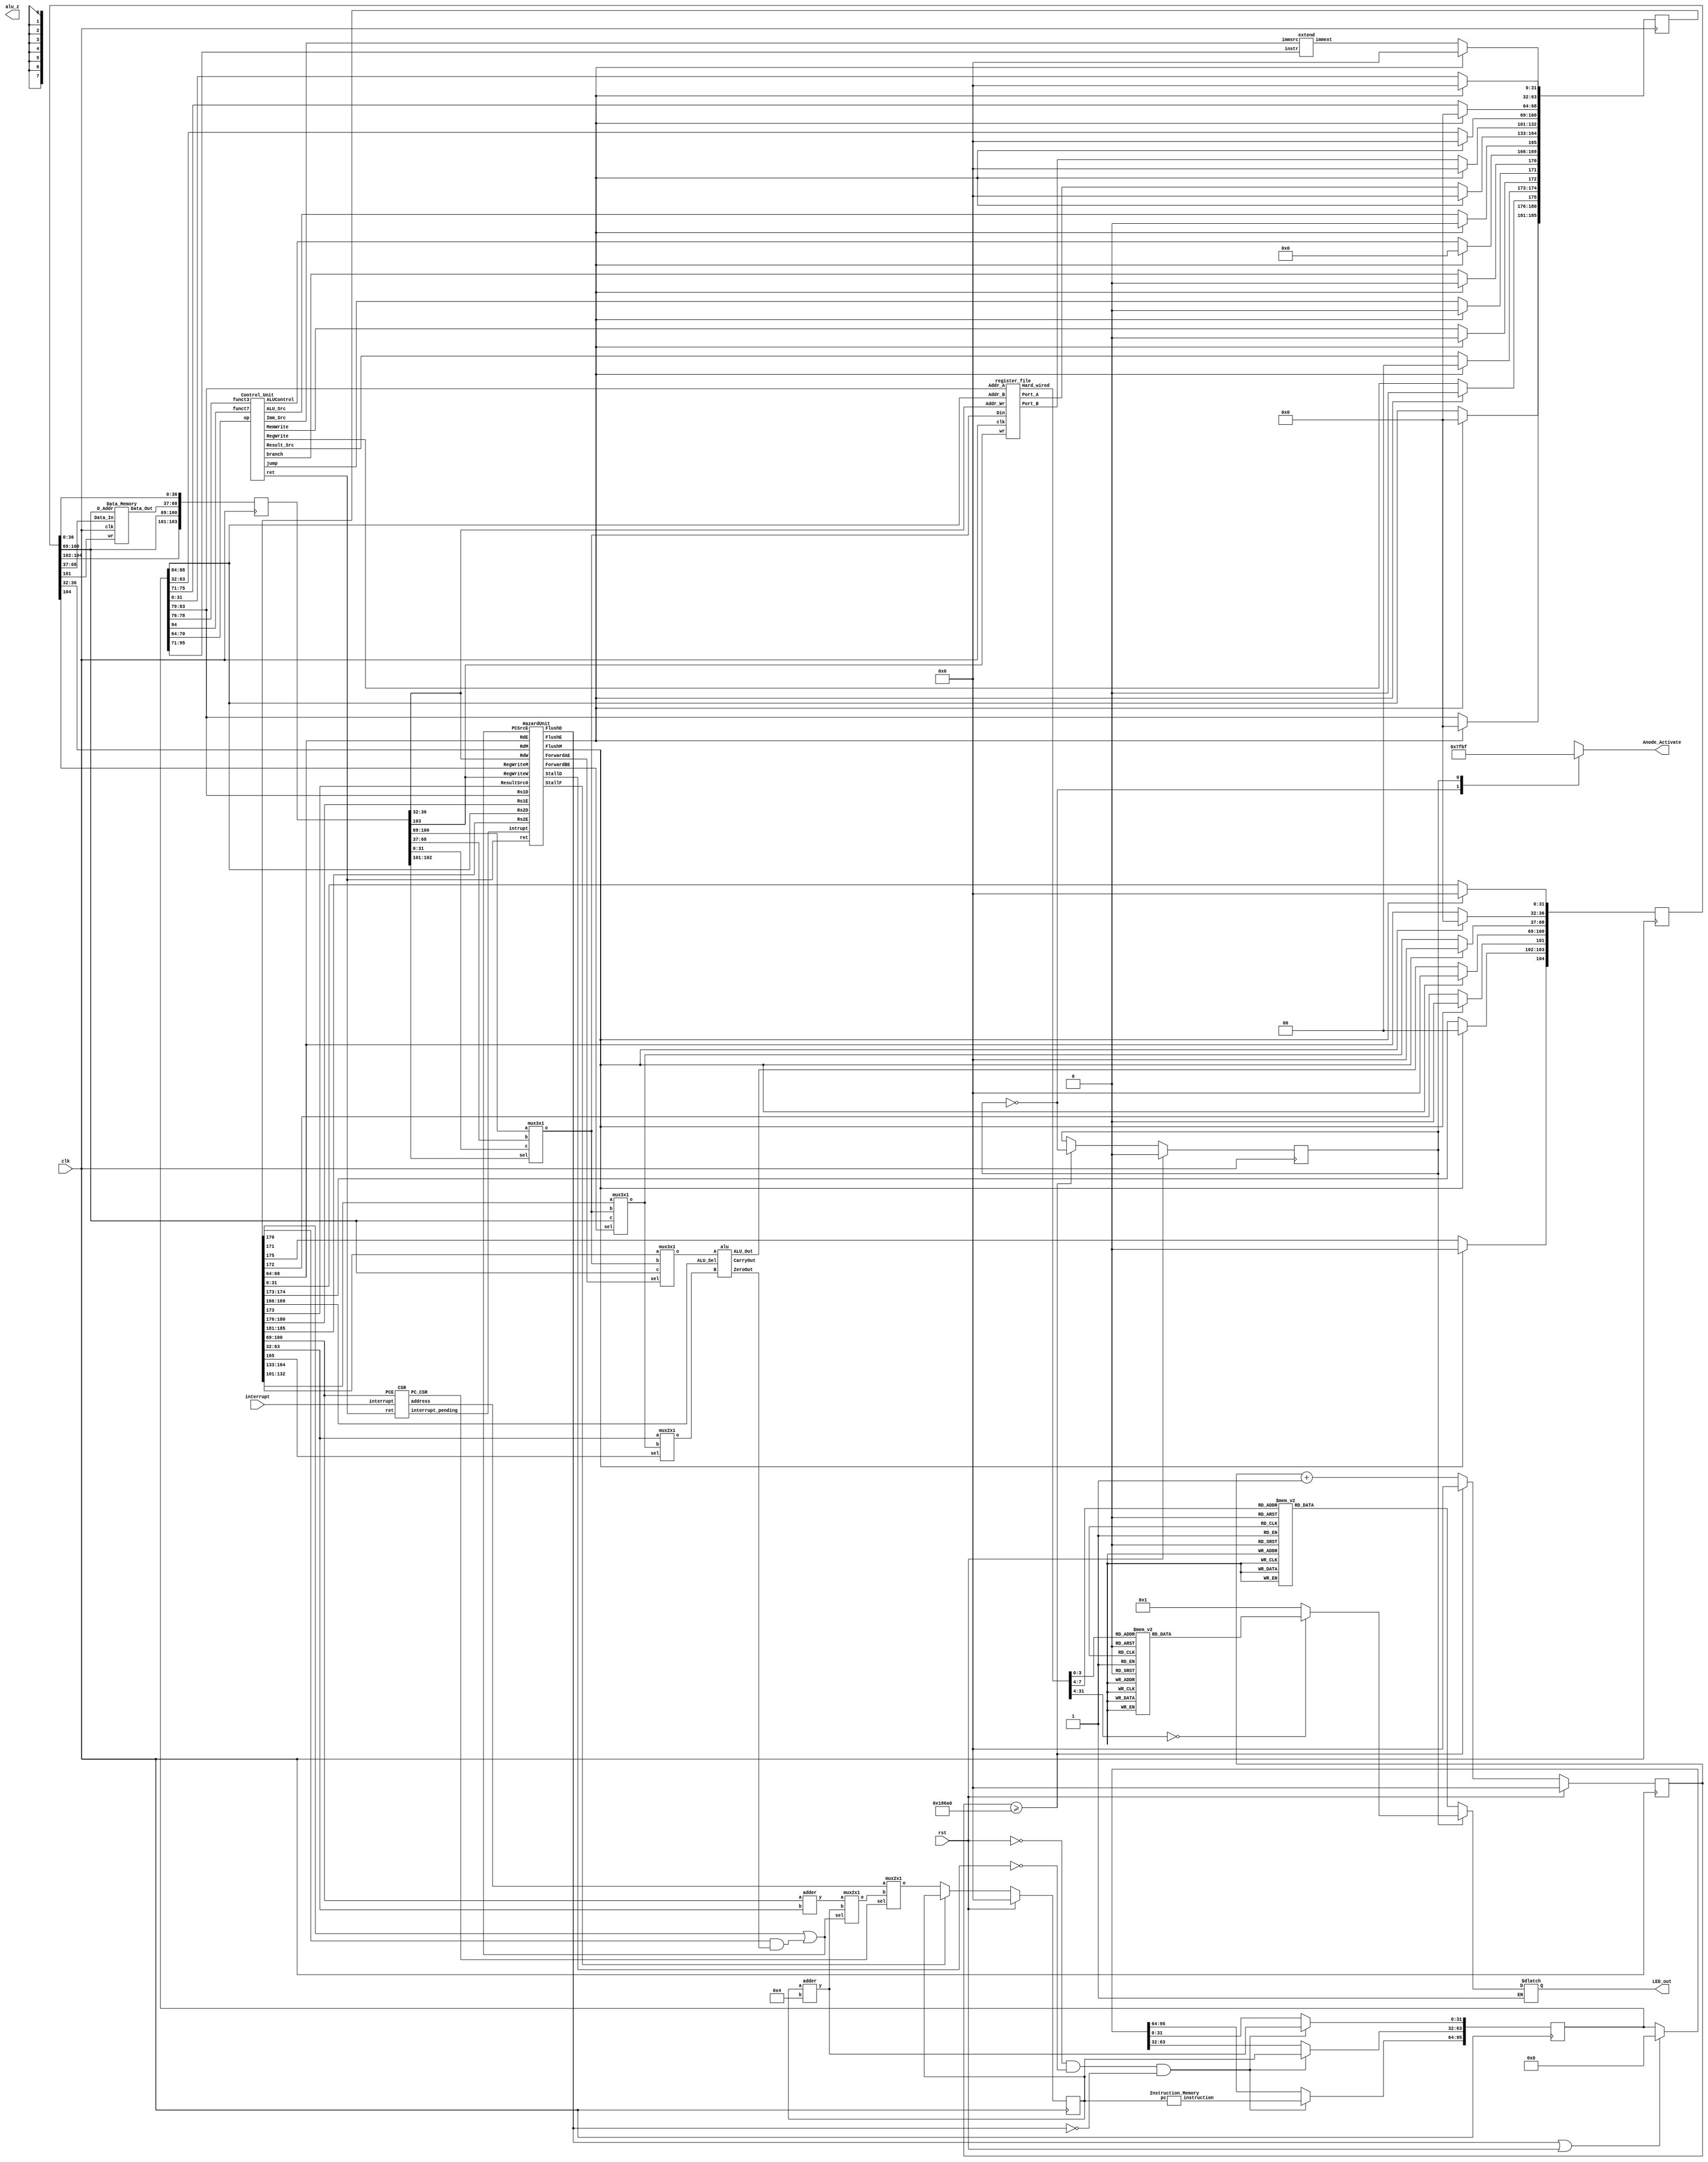
`timescale 1ns / 1ps
//////////////////////////////////////////////////////////////////////////////////
// Company: 
// Engineer: 
// 
// Design Name: 
// Module Name:    Basic RISC-V single cycle implementation on Verilog 
// Project Name: 
// Target Devices: 
// Tool versions: 
// Description: 
//
// Dependencies: 
//
// Revision: 
// Revision 0.01 - File Created
// Additional Comments: 
//
//////////////////////////////////////////////////////////////////////////////////
module main(rst,interrupt, clk, alu_z, Anode_Activate, LED_out);
input rst, clk, interrupt;						// 1 button to reset, clock signal as input
output alu_z;						// An LED turned ON if result is zero
output reg[7:0] Anode_Activate;		// Anodes to control 7-segments
output reg [6:0] LED_out;			// output result to be sent on 7-segments



	// ALL modules will be called in this file. Code will be executed and results will be shown on 7-segment display
// Code segment for BCD to 7-segment Decoder. Keep this code as it is
reg [31:0] counter ;		// A 32 bit flashing counter
reg toggle;			// A variable to toggle between two 7-segments 

always @(posedge clk)
    begin
            if (!rst)begin
            if(counter>=100000) begin //100000
                 counter <= 0;
				 toggle = ~toggle; end
            else begin
                counter <= counter + 1;
				end
			end
			else begin
			     toggle<=0;
			     counter<=0;
			     end
    end 
    // anode activating signals for 8 segments, digit period of 1ms
    // decoder to generate anode signals 
    always @(*)
    begin
        case(toggle)
        1'b0: begin
            Anode_Activate = 8'b01111111; 
            // activate SEGMENT1 and Deactivate all others
              end
        1'b1: begin
            Anode_Activate = 8'b10111111; 
            // activate LED2 and Deactivate all others    
               end
        endcase
    end
    // Cathode patterns of the 7-segment 1 LED display 
wire [31:0] result;

    always @(*)
    begin
	if (toggle) begin
        case(result)				// First 4 bits of Result from ALU will be displayed on 1st segment
        32'b0000: LED_out = 7'b0000001; // "0"     
        32'b0001: LED_out = 7'b1001111; // "1" 
        32'b0010: LED_out = 7'b0010010; // "2" 
        32'b0011: LED_out = 7'b0000110; // "3" 
        32'b0100: LED_out = 7'b1001100; // "4" 
        32'b0101: LED_out = 7'b0100100; // "5" 
        32'b0110: LED_out = 7'b0100000; // "6" 
        32'b0111: LED_out = 7'b0001111; // "7" 
        32'b1000: LED_out = 7'b0000000; // "8"     
        32'b1001: LED_out = 7'b0000100; // "9"
		32'b1010: LED_out = 7'b0001000; // "A"     
        32'b1011: LED_out = 7'b1100000; // "b"     
        32'b1100: LED_out = 7'b0110001; // "C"     
        32'b1101: LED_out = 7'b1000010; // "d"     
        32'b1110: LED_out = 7'b0110000; // "E"     
        32'b1111: LED_out = 7'b0111000; // "F"     
        
        default: LED_out = 7'b0000001; // "0"
        endcase
		end
    

	// Cathode patterns of the 7-segment 2 LED display
        if(!toggle) begin	
        case(result[7:4])			// Next 4 bits of Result from ALU will be displayed on 2nd segment
        4'b0000: LED_out = 7'b0000001; // "0"     
        4'b0001: LED_out = 7'b1001111; // "1" 
        4'b0010: LED_out = 7'b0010010; // "2" 
        4'b0011: LED_out = 7'b0000110; // "3" 
        4'b0100: LED_out = 7'b1001100; // "4" 
        4'b0101: LED_out = 7'b0100100; // "5" 
        4'b0110: LED_out = 7'b0100000; // "6" 
        4'b0111: LED_out = 7'b0001111; // "7" 
        4'b1000: LED_out = 7'b0000000; // "8"     
        4'b1001: LED_out = 7'b0000100; // "9"
		4'b1010: LED_out = 7'b0001000; // "A"     
        4'b1011: LED_out = 7'b1100000; // "b"     
        4'b1100: LED_out = 7'b0110001; // "C"     
        4'b1101: LED_out = 7'b1000010; // "d"     
        4'b1110: LED_out = 7'b0110000; // "E"     
        4'b1111: LED_out = 7'b0111000; // "F"     
        
        default: LED_out = 7'b0000001; // "0"
        endcase
    end
end

	// Keep writing your code (calling lower module) here!
	
	
	wire [31:0] pc_next,pc_next1,PCPlus4F, instruction, RD1, RD2, PCF;
    reg [31:0] pc;
    wire  ALU_SrcD, carry, MemWriteD, RegwriteD, ret,FlushM;
    wire [1:0] Imm_SrcD, Result_SrcD;
    wire [31:0] ImmExtD;
    wire [3:0] ALUControlD;
    wire En1, En2, CLR, CLR1;
	
	//initial  // initial pc
    //pc = 32'h0; 
    
    always @ (posedge clk) begin // address Generator
        if(rst)
        pc = 32'h0;
       // else begin
        else if (En1)
        pc = pc;
        else
        pc = pc_next1; 
        //end    
    end
    
    
    assign PCF = pc; 
    Instruction_Memory IM(.pc(pc),.instruction(instruction)); // fetching the instruction
    
    // Calling the Control Unit
    
    // 1st phase
    reg [95:0] reg_1;
  
    always @ (posedge clk)  begin
    if (!rst && !En2 && !CLR1) begin
    
        reg_1 [31:0] = PCPlus4F;
        
        reg_1 [63:32] = PCF;
        
        reg_1 [95:64] = instruction;
    
    end
    else if (CLR1 || rst)
    reg_1 = 96'd0;
    
    end
    
    wire [31:0]  instrD, PCD, PCPlus4D;
    
    
    assign instrD = reg_1 [95:64];
    
    assign PCD =  reg_1 [63:32];
    
    assign PCPlus4D = reg_1 [31:0];
   
   
 // D phase 
 wire jumpD, branchD;
 
 wire [4:0] RdD, Rs1D, Rs2D;
 
 assign RdD = instrD[11:7];
 
 assign Rs1D = instrD[19:15];
 
 assign Rs2D = instrD[24:20];
 
 reg [185:0] reg_2;
 
 
     always @ (posedge clk)  begin
     
     if (!CLR) begin
         reg_2 [31:0] = PCPlus4D;
         
         reg_2 [63:32] = ImmExtD;
         
         reg_2 [68:64] = RdD;
         
         reg_2 [100:69] =PCD;
         
         reg_2 [132:101] = RD2;
         
         reg_2 [164:133] = RD1;
         
         reg_2 [165] = ALU_SrcD;
         
         reg_2 [169:166] = ALUControlD;
         
         reg_2 [170] = branchD;
         
         reg_2 [171] = jumpD;
         
         reg_2 [172] = MemWriteD;
         
         reg_2 [174:173] = Result_SrcD;
         
         reg_2 [175] = RegwriteD;
         
         reg_2 [180:176] = Rs1D;
         
         reg_2 [185:181] = Rs2D;
         
         end
         
         else
         reg_2 = 186'd0;
     
     end
     
     
     wire  ALU_SrcE, MemWriteE, RegwriteE, PC_SrcE, zeroE, jumpE, branchE, temp;
         wire [1:0]  Result_SrcE;
         wire [31:0] ImmExtE, PCPlus4E, PCE, RD1E, RD2E, ALUResultE,pc_targetE, SrcBE, Operand2E,WriteDataE;
         wire [3:0] ALUControlE;
         wire [4:0] RdE,Rs1E,Rs2E;
         
      assign WriteDataE = Operand2E;
         
      assign RegwriteE = reg_2 [175]; 
     
      assign Result_SrcE = reg_2 [174:173];
      
      assign MemWriteE=  reg_2 [172];
      
      assign jumpE = reg_2 [171]; 
      
      assign branchE = reg_2 [170]; 
     
      and (temp, branchE, zeroE);
     
      or (PC_SrcE, jumpE, temp);
      
      assign ALUControlE =  reg_2 [169:166]; 
     
      assign ALU_SrcE = reg_2 [165];   
         
      assign RD1E = reg_2 [164:133]; 
      
      assign RD2E = reg_2 [132:101];
      
      assign PCE = reg_2 [100:69];
      
      assign RdE =  reg_2 [68:64];  
      
      assign ImmExtE = reg_2 [63:32];
      
      assign PCPlus4E =  reg_2 [31:0];
      
      assign Rs1E = reg_2 [180:176];
      
      assign Rs2E = reg_2 [185:181];
      
      // phase E
      
      
       reg [104:0] reg_3;
       
       always @ (posedge clk ) begin
       if (!FlushM)begin
       reg_3 [31:0] = PCPlus4E;
       
       reg_3 [36:32] = RdE;
       
       reg_3 [68:37] = WriteDataE;
       
       reg_3 [100:69] = ALUResultE;
       
       reg_3 [101] =  MemWriteE;  
       
       reg_3 [103:102] = Result_SrcE;
       
       reg_3 [104] =  RegwriteE ;
       end
       else
       reg_3 = 105'd0;
       end
       
       
      
                wire  MemWriteM, RegwriteM;
                wire [1:0] Result_SrcM;
                wire [31:0]  PCPlus4M, WriteDataM, ALUResultM, ReadDataM;
                wire [4:0] RdM;
                
       assign RegwriteM = reg_3 [104];
       
       assign Result_SrcM = reg_3 [103:102];
       
       assign MemWriteM = reg_3 [101];
       
       assign ALUResultM = reg_3 [100:69];
       
       assign WriteDataM = reg_3 [68:37]; // RD2
       
       assign RdM = reg_3 [36:32];
       
       assign PCPlus4M = reg_3 [31:0];
      
      
      // phase endd
      
      
      reg [103:0] reg_4;
      
      
      always @ (posedge clk) begin
        
        reg_4 [31:0] = PCPlus4M;
        
        reg_4 [36:32] = RdM;
        
        reg_4 [68:37] = ReadDataM;
        
        reg_4 [100:69] = ALUResultM;
        
        reg_4 [102:101] = Result_SrcM;
        
        reg_4 [103] = RegwriteM;
      
      end
      
      
      wire  RegwriteW;
      wire [1:0] Result_SrcW;
      wire [31:0]  PCPlus4W, ALUResultW, ReadDataW, ResultW;
      wire [4:0] RdW;
      
      assign  RegwriteW = reg_4 [103];
      
      assign  Result_SrcW = reg_4 [102:101];
     
      assign  ALUResultW = reg_4 [100:69];
      
      assign  ReadDataW = reg_4 [68:37];
    
      assign  RdW  = reg_4 [36:32];
     
      assign  PCPlus4W = reg_4 [31:0];
      
      
      
      // Hazard Unit
      wire [1:0]  ForwardAE, ForwardBE;
      
      wire [31:0] SrcAE;
     
      wire PC_CSR,interrupt_pending; 
      
      HazardUnit HU(.Rs1E(Rs1E),.Rs2E(Rs2E),.ForwardAE(ForwardAE),.ForwardBE(ForwardBE),.RdM(RdM),.RdW(RdW),.RegWriteM(RegwriteM),.RegWriteW(RegwriteW),
      .ResultSrc0(Result_SrcE[0]),.RdE(RdE),.Rs1D(Rs1D),.Rs2D(Rs2D),.StallF(En1),.StallD(En2),.FlushE(CLR),.PCSrcE(PC_SrcE),.FlushD(CLR1),.intrupt(interrupt_pending),.FlushM(FlushM),.ret(ret));
      
      mux3x1 operandA(.a(RD1E),.b(ResultW),.c(ALUResultM),.sel(ForwardAE),.o(SrcAE));
      
      mux3x1 operandB(.a(RD2E),.b(ResultW),.c(ALUResultM),.sel(ForwardBE),.o(Operand2E));
      
      
     
    Control_Unit CU( .op(instrD[6:0]),.funct3(instrD[14:12]),.funct7(instrD[30]),.Result_Src(Result_SrcD),.MemWrite(MemWriteD),.ALU_Src(ALU_SrcD),.RegWrite(RegwriteD),.ALUControl(ALUControlD),.Imm_Src(Imm_SrcD),.jump(jumpD), 
    .branch(branchD),.ret(ret));        
     
     //Register File calling       
            
    register_file R_F(.Port_A(RD1),.Port_B(RD2),.Din(ResultW), .Addr_A(instrD[19:15]), .Addr_B(instrD[24:20]), .Addr_Wr(RdW),.wr(RegwriteW),.Hard_wired(result), .clk(clk)); // complete
            
         // immediate Extender
         
    extend Ext(.instr(instrD[31:7]),.immsrc(Imm_SrcD),.immext(ImmExtD)); // complete
    
    // Mux 2 into 1 for 2nd operand Selector
            
    mux2x1 mux1(.a(ImmExtE),.b(Operand2E),.sel(ALU_SrcE),.o(SrcBE)); // complete ScrB
    
    //ALU calling
          
    alu ALU(.A(SrcAE),.B(SrcBE),.ALU_Sel(ALUControlE),.ALU_Out(ALUResultE),.CarryOut(carry),.ZeroOut(zeroE));
    
    //Data Memory
  
            
    Data_Memory D_M(.Data_Out(ReadDataM),.Data_In(WriteDataM),.D_Addr(ALUResultM),.wr(MemWriteM),.clk(clk) );
    
    //Two Pc's Adders
    
    adder add1(.a(pc),.b(32'd4),.y(PCPlus4F));
    adder add2(.a(PCE),.b(ImmExtE),.y(pc_targetE)); 
    
    
    // MUX 3*1 for PC_Result
            
    mux3x1 result_mux(.a(ALUResultW),.b(ReadDataW),.c(PCPlus4W),.sel(Result_SrcW),.o(ResultW));
    
    //mux for PC_ Selector

    wire [31:0] address;
    mux2x1 mux2(.a(pc_targetE),.b(PCPlus4F),.sel(PC_SrcE),.o(pc_next));
    mux2x1 priority_mux(.a(address),.b(pc_next),.sel(PC_CSR),.o(pc_next1));
   //assign pc_next =  PCPlus4F; // just to avoid control hazard
   
    CSR sr(.interrupt(interrupt), .PCE(PCE), .ret(ret),.address(address), .PC_CSR(PC_CSR),.interrupt_pending(interrupt_pending));  

endmodule

module CSR (interrupt, PCE, ret, address, PC_CSR,interrupt_pending);
input interrupt, ret;
input [31:0] PCE;
output reg [31:0] address;
output reg PC_CSR;
reg [31:0] SPEC;
output reg interrupt_pending;

always @ (posedge ret) begin
//if (ret) begin
PC_CSR = 1'd1;
address = SPEC;
end
always @ (negedge ret) begin
PC_CSR =1'd0;
end
always @(posedge interrupt) begin
interrupt_pending = 1'd1;
PC_CSR = 1'd1;
SPEC = PCE;
address = 32'h28;
end

always @ (negedge interrupt) begin
PC_CSR = 1'd0;
interrupt_pending = 1'd0;
end

endmodule
module HazardUnit (Rs1E,Rs2E,ForwardAE,ForwardBE,RdM,RdW,RegWriteM,RegWriteW,ResultSrc0,RdE,Rs1D,Rs2D,StallF,StallD,FlushE,PCSrcE,FlushD,intrupt,FlushM,ret);

        input [4:0] Rs1E, Rs2E, Rs1D, Rs2D, RdE, RdM, RdW;
        input RegWriteM,RegWriteW, ResultSrc0, PCSrcE,intrupt,ret;
        output reg [1:0] ForwardAE,ForwardBE;
        output reg StallF,StallD,FlushE,FlushD,FlushM;
        reg lwStall;
        
        always @(*) begin
        if (((Rs1E == RdM) & RegWriteM) & (Rs1E != 0))
        ForwardAE = 2'b10;
        
        else if (((Rs1E == RdW) & RegWriteW) & (Rs1E != 0))
        ForwardAE = 2'b01;
        
        else 
        ForwardAE = 2'b00;
        end
        
        always @(*) begin
        if (((Rs2E == RdM) & RegWriteM) & (Rs2E != 0))
        ForwardBE = 2'b10;
        
        else if (((Rs2E == RdW) & RegWriteW) & (Rs2E != 0))
        ForwardBE = 2'b01;
        
        else 
        ForwardBE = 2'b00;
        end

        always @(*) begin
        
        lwStall = ResultSrc0 & ((Rs1D == RdE) || (Rs2D == RdE));
        
        FlushE = lwStall || PCSrcE || intrupt;
        StallD = lwStall;
        StallF = lwStall;
        
        FlushD = PCSrcE  || intrupt || ret;
        
        FlushM = intrupt;
        
        end

endmodule



//datapath ( input pc,


// A module to generate the address of next instruction
// LOGIC: 	Add 1 in program counter if its a normal instruction
//			Add address of label in PC if its a branch instruction			
// other parameters can also be added based on Datapath and Controller Inputs/Outputs
//module adress_generator (output [31:0] pc, input PC_Src, input [31:0] immext,input rst,input clk);	

//	// Write your code here. This is not the part of Phase-I
//	wire [31:0] Pc_next ,Pc_target ; 
//	always @ (posedge clk) begin
//	if (rst) begin
//	   pc = 32'h00;
//	end
//	else begin
//	adder(.a(pc),.b(32'd4),.y(Pc_next));
//	adder(.a(pc),.b(immext),.y(Pc_target));
	
//     mux2x1(.a(Pc_target),.b(Pc_next),.sel(PC_Src),.o(pc));
//	end
//endmodule


// A module that will carry the all instructions. PC value will be provided to this module and it will return the instuction
// other parameters can also be added based on Datapath and Controller Inputs/Outputs
module Instruction_Memory (input [31:0] pc,output reg [31:0] instruction);
    
    always @ (*) begin
    case(pc)                //31                   
//        32'h0000: instruction = 32'h00002403;
//        32'h0004: instruction = 32'h00102483;
//        32'h0008: instruction = 32'h00202503;
//        32'h000c: instruction = 32'h00152583;
        
        //32'h0000: instruction = 32'h00800413;//00000000110000000000010000010011;//  a = 12
        //32'h0004: instruction = 32'h00900493;//00000000100100000000010010010011;//4 b = 9
      
      //not
      //32'h0000: instruction = 32'h01900413;
      //32'h0004: instruction = 32'h01400493; 
      //32'h0008: instruction = 32'h0x40940433;
    
//    32'h0008: instruction = 32'h00A00513;//00940c63;//32'b00000000100101000000011001100011;//8
//    32'h000c: instruction = 32'h00B00593; //00944663;//32'b00000000100101000000011001010101;   //12 
//    32'h0010: instruction = 32'h00B50633;//40940433;//32'b00100000100101000000010000110011;//16
//    32'h0014: instruction = 32'h00A606B3;//ff5ff06f;//32'b11111111010111111111000011101111;//20
//    32'h0018: instruction = 32'h00068713;//408484b3;//32'b00100000100001001000010010110011;//24
//    32'h001c: instruction = 32'hFED70EE3;//fedff06f;//32'b11111111010111111111000011101111;//28
  
  
    //32'h0020: instruction = 32'hFEDA4AE3;//0000006f;//32
    //32'h0024: instruction = 32'hFEFA06E3;//36
    
    
    
    
//    32'h0   : instruction = 32'h00b00513;
//    32'h4   : instruction = 32'h00e00593;
//    32'hc   : instruction = 32'h00d00613;
//    32'h10  : instruction = 32'h01300693;
//    32'h14  : instruction = 32'h01800713;
//    32'h18  : instruction = 32'h00b569b3;
//    32'h1c  : instruction = 32'h00c59a33;
//    32'h20  : instruction = 32'h40e68ab3;
//    32'h24  : instruction = 32'h00a00513;
//    32'h28  : instruction = 32'h00c00593;
//    32'h2c  : instruction = 32'h00f00613;
//    32'h30  : instruction = 32'h01400693;
//    32'h34  : instruction = 32'h00d587b3;
//    32'h38  : instruction = 32'h00f68833;
//    32'h3c  : instruction = 32'h00a02623;
//    32'h40  : instruction = 32'h00000013;
//    32'h44  : instruction = 32'h00000013;
//    32'h48  : instruction = 32'h00000013;
//    32'h4c  : instruction = 32'h00000013;
//    32'h50  : instruction = 32'h00000013;
//    32'h54  : instruction = 32'h00c02883;
//    32'h58  : instruction = 32'h01100933;
//    32'h5c  : instruction = 32'h01700663;
//    32'h60  : instruction = 32'h016b0b13;
//    32'h64  : instruction = 32'h00000663;
//    32'h68  : instruction = 32'h01700b93;
//    32'h6c  : instruction = 32'hfe0008e3;
//    32'h70  : instruction = 32'h00000013;

    
            
//      32'h0   : instruction = 32'h01400A13;
//      32'h4   : instruction = 32'h00C00613;
//      32'h8   : instruction = 32'h00CA2023;
//      32'hc   : instruction = 32'h000A2C83;
//      32'h10   : instruction = 32'h002C8713;










32'h0   : instruction = 32'h01400A13;
32'h4   : instruction = 32'h00C00613;
32'h8   : instruction = 32'h00800093;
32'hc   : instruction = 32'h03200C93;
32'h10  : instruction = 32'h002C8713;
32'h14  : instruction = 32'h00100093;
32'h18  : instruction = 32'h00200113;
32'h1c  : instruction = 32'h00300193;
32'h20  : instruction = 32'h00400213;
32'h24  : instruction = 32'h00500293;
32'h28  : instruction = 32'h03200313;
32'h2c  : instruction = 32'h414303B3;
32'h30  : instruction = 32'h00008067;



    
    endcase
    end
	
endmodule


// This module is called Data_Memory. It will consists of 256 byte memory unit. It will have 
// one input as 8-bit address, 1 input flag wr that will decide if you want to read memory or write memory
module Data_Memory(output reg [31:0] Data_Out, input [31:0] Data_In, input [31:0] D_Addr, input wr, input clk );
		reg [31:0] Mem [255:0];			// Data Memory
  
	// Write your code here
	always @(*) begin
	Data_Out = Mem[D_Addr]; // Data Loading
	    Mem[5] = 5;
        Mem[1] = 1;
        Mem[2] = 2;
        Mem[3] = 3;
	end
	always @(negedge clk) begin // Data Storing
	if (wr)
	Mem[D_Addr] = Data_In;
	end
endmodule



// This module is called Register_Memory. It will consists of 32 registers each of 32-bits. It will have 
// one input flag wr that will decide if you want to read any register or write or update any value in register
// This module will 2 addresses and provide the data in 2 different outputs
module register_file(Port_A, Port_B, Din, Addr_A, Addr_B, Addr_Wr, wr,Hard_wired, clk); 
			output reg [31:0] Port_A, Port_B;			// Data to be provided from register to execute the instruction // reg by me
			input [31:0] Din;						// Data to be loaded in the register
			input [4:0] Addr_A, Addr_B, Addr_Wr;	// Address (or number) of register to be written or to be read
			input wr, clk;	
			output reg [31:0] Hard_wired;						// input wr flag input // by me clk
			reg [31:0] Reg_File [31:0];				// Register file

	// Write your code here
	// read
	
	always @ (*) begin  // Data Reading
	Reg_File[0] = 32'd0;
	Port_A = Reg_File[Addr_A];
	Port_B = Reg_File[Addr_B];
	Hard_wired = Reg_File[8];
	end
	
	always @(negedge clk) begin // Data Writing
	if(wr)
	   Reg_File[Addr_Wr] = Din;
	end

	
endmodule


module Control_Unit(input [6:0] op,
                    input [2:0] funct3,
                    input funct7,
                    output reg MemWrite,
                    output reg ALU_Src,
                    output reg RegWrite,
                    output reg [3:0] ALUControl,
                    output reg [1:0] Imm_Src,
                    output reg [1:0] Result_Src,
                    output reg jump, 
                    output reg branch,
                    output reg ret );			
	// This is the part of Phase-II
	
	reg [1:0] ALUOP;
	always @(*)
	begin 
	 case (op)
	 7'b0000011: //lw
	       begin
	           RegWrite   = 1'b1;
	           Imm_Src    = 2'b00;
	           ALU_Src    = 1'b1;
	           MemWrite   = 1'b0;
	           Result_Src = 2'b01;
	           branch     = 1'b0;
	           ALUOP      = 2'b00;
	           jump       = 1'b0;
	           ret       = 1'b0;
	           end
	           
      7'b0100011: //sw
              begin
              RegWrite   = 1'b0;
              Imm_Src    = 2'b01;
              ALU_Src    = 1'b1;
              MemWrite   = 1'b1;
              Result_Src = 2'bxx;
              branch     = 1'b0;
              ALUOP      = 2'b00;
              jump       = 1'b0;
              ret       = 1'b0;
               end  
      7'b0110011: //R-type
              begin
               RegWrite   = 1'b1;
               Imm_Src    = 2'bxx;
               ALU_Src    = 1'b0;
               MemWrite   = 1'b0;
               Result_Src = 2'b00;
               branch     = 1'b0;
               ALUOP      = 2'b10;
               jump       = 1'b0;
               ret       = 1'b0;
                        end
        7'b1100011: //beq
               begin
               RegWrite   = 1'b0;
               Imm_Src    = 2'b10;
               ALU_Src    = 1'b0;
               MemWrite   = 1'b0;
               Result_Src = 2'bxx;
               branch     = 1'b1;
               ALUOP      = 2'b01;
               jump       = 1'b0;
               ret       = 1'b0;
                              end
                              
                              
                              
   7'b1010101: //blt
             begin
               RegWrite   = 1'b0;
               Imm_Src    = 2'b10;
               ALU_Src    = 1'b0;
               MemWrite   = 1'b0;
               Result_Src = 2'bxx;
               branch     = 1'b1;
               ALUOP      = 2'b01;
               jump       = 1'b0;
               ret       = 1'b0;
               end                            
                              
                              
                              
                              
	     	 7'b0010011: //I-type ALU
                 begin
                 RegWrite   = 1'b1;
                 Imm_Src    = 2'b00;
                 ALU_Src    = 1'b1;
                 MemWrite   = 1'b0;
                 Result_Src = 2'b00;
                 branch     = 1'b0;
                 ALUOP      = 2'b10;
                 jump       = 1'b0;
                 ret       = 1'b0;
                              end
 7'b1101111: //jal
                  begin
                  RegWrite   = 1'b1;
                  Imm_Src    = 2'b11;
                  ALU_Src    = 1'bx;
                 MemWrite   = 1'b0;
                  Result_Src = 2'b10;
                  branch     = 1'b0;
                  ALUOP      = 2'bxx;
                 jump       = 1'b1;
                 ret       = 1'b0;
                 end
                 
                 
  7'b1100111: //jalr
                  begin
                  ret = 1'b1;
                  RegWrite   = 1'b0;
                  Imm_Src    = 2'b00;
                  ALU_Src    = 1'b0;
                 MemWrite   = 1'b0;
                  Result_Src = 2'b00;
                  branch     = 1'b0;
                  ALUOP      = 2'b00;
                 jump       = 1'b0;
                 end
 default: 
                                  begin
             RegWrite   = 1'b0;                       //   RegWrite   = 1'bx;
            Imm_Src    = 2'b00;                      //   Imm_Src    = 2'bxx;
            ALU_Src    = 1'b0;                       //   ALU_Src    = 1'bx;
             MemWrite   = 1'b0;                      //    MemWrite   = 1'bx;
            Result_Src = 2'b00;                      //   Result_Src = 2'bxx;
              branch     = 1'b0;                     //     branch     = 1'bx;
             ALUOP      = 2'b00;                     //    ALUOP      = 2'bxx;
            jump       = 1'b0;                        //  jump       = 1'bx;   
            ret       = 1'b0;                          // return
	           end
	 endcase
	 
	 case (ALUOP)
	 2'b00: ALUControl = 4'b0000;
	 
	 2'b01:
	   begin
	   case (funct3)
	   3'b000:  ALUControl = 4'b0001; // sybtract
	   3'b100:  ALUControl = 4'b1110; // less than
	   endcase
       end
	
	 2'b10: begin
	 //if ((funct3 == 3'b000 && (funct7 == 0)) begin
	   case ({funct3,funct7})
	         {3'b000,1'b0}:  ALUControl = 4'b0000;
	         {3'b000,1'b1}:  ALUControl = 4'b0001;
	         {3'b001,1'b0}:  ALUControl = 4'b0001;
	         {3'b001,1'b1}:  ALUControl = 4'b0001;
	         {3'b010,1'b0}:  ALUControl = 4'b0001;
	         {3'b010,1'b1}:  ALUControl = 4'b0001;
	         {3'b011,1'b0}:  ALUControl = 4'b0001;
	         {3'b011,1'b1}:  ALUControl = 4'b0001;
	         {3'b100,1'b1}:  ALUControl = 4'b0001;
	         {3'b101,1'b0}:  ALUControl = 4'b0001;
	         {3'b101,1'b1}:  ALUControl = 4'b0001;
	         {3'b110,1'b0}:  ALUControl = 4'b0001;
	         {3'b110,1'b1}:  ALUControl = 4'b0001;
	         {3'b111,1'b0}:  ALUControl = 4'b0001;
	         {3'b111,1'b1}:  ALUControl = 4'b0001;

	    endcase
	    end
	    default: ALUControl = 4'bxxxx;
	    endcase
	    end

endmodule






// General Module of two input (5 bit) multiplexer. This multiplexer will be connected with ALU control signals
//module mux(o,a,b, sel);
//    input [4:0] a,b;			// 5 bit inputs
//	input sel;					// selection signal
//    output reg [4:0] o;			// 5 bit output

//	// write your code here!
	
//endmodule

// A two by one 32 bit multiplexer (to select the branch instruction)
module mux2x1(output  [31:0]o,		// 32 bit output
					input[31:0]a,b,		// 32 bit inputs
					input sel			// Selection Signal
			);
			
	// Write your code here!
	assign o = sel ? a : b;
	
endmodule


module mux3x1(output [31:0]o,		// 32 bit output
					input[31:0]a,b,c,	// 32 bit inputs
					input [1:0] sel			// Selection Signal
			);
			
	// Write your code here!
	assign o = sel[1] ? c: (sel[0] ? b : a);
	
endmodule

module adder(input [31:0] a,b,output [31:0] y);
         assign y = a+b;    
endmodule 



// The final module ALU which will accept the signal (Function) from Control Unit
// and two operands (either from register file or from memory (data or address),
// will perform the desired operarion and proivde the output in Result and Zero flag.
//module ALU(Result, alu_z, Op_A, Op_B, Function);
//	output [31:0] Result;		// 32 bit Result
//	output alu_z;				// Zero flag (1 if result is zero)
//	input [31:0] Op_A, Op_B;	// Two operands based on the type of instruction
//	input [3:0] Func;			// Function to be performed as per instructed by Control Unit
	
//	// Write your code here
//endmodule


module alu(
           input [31:0] A,B,  // ALU 8-bit Inputs
           input [3:0] ALU_Sel,// ALU Selection
           output [31:0] ALU_Out, // ALU 8-bit Output
           output CarryOut, // Carry Out Flag
		   output ZeroOut	// Zero Flag
		   );
    reg [31:0] ALU_Result;
    wire [32:0] tmp;
    assign ALU_Out = ALU_Result; // ALU out
    assign tmp = {1'b0,A} + {1'b0,B};
    assign CarryOut = tmp[32]; // Carryout flag
	assign ZeroOut = (ALU_Result == 0); // Zero Flag
    always @(*)
    begin
        case(ALU_Sel)
        4'b0000: // Addition
           ALU_Result = A + B ;
        4'b0001: // Subtraction
           ALU_Result = A - B ;
        4'b0010: // Multiplication
           ALU_Result = A * B;
        4'b0011: // Division
           ALU_Result = A/B;
        4'b0100: // Logical shift left
           ALU_Result = A<<B;
         4'b0101: // Logical shift right
           ALU_Result = A>>B;
         4'b0110: // Rotate left
           ALU_Result = {A[30:0],A[31]};
         4'b0111: // Rotate right
           ALU_Result = {A[0],A[31:1]};
          4'b1000: //  Logical and
           ALU_Result = A & B;
          4'b1001: //  Logical or
           ALU_Result = A | B;
          4'b1010: //  Logical xor
           ALU_Result = A ^ B;
          4'b1011: //  Logical nor
           ALU_Result = ~(A | B);
          4'b1100: // Logical nand
           ALU_Result = ~(A & B);
          4'b1101: // Logical xnor
           ALU_Result = ~(A ^ B);
          4'b1110: // Less comparison
           ALU_Result = (A<B)?32'd0:32'd1 ;
          4'b1111: // Equal comparison
            ALU_Result = (A==B)?32'd1:32'd0 ;
          default: ALU_Result = A + B ;
        endcase
    end

endmodule


module extend(input  		[31:7] instr,
              input  		[1:0]  immsrc,
              output reg 	[31:0] immext);
    always @(*) 
    case(immsrc)
         // Itype
    2'b00:     immext = {{20{instr[31]}}, instr[31:20]};
		 // Stype (stores)
    2'b01:     immext = {{20{instr[31]}}, instr[31:25], instr[11:7]};
         // Btype (branches)
    2'b10:      immext = {{20{instr[31]}}, instr[7],  instr[30:25], instr[11:8], 1'b0};                          // Jtype (jal)
		// Jtype (branches)
	2'b11:      immext = {{12{instr[31]}}, instr[19:12],  instr[20], instr[30:21], 1'b0};
           
	default: 	immext = 32'bx; // undefined
    endcase
endmodule